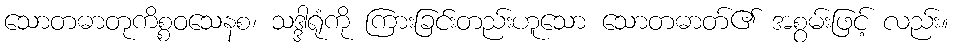
သောတဓာတုကိစ္စဝသေနစ၊ သဒ္ဒါရုံကို ကြားခြင်းတည်းဟူသော သောတဓာတ်၏ အစွမ်းဖြင့် လည်း။